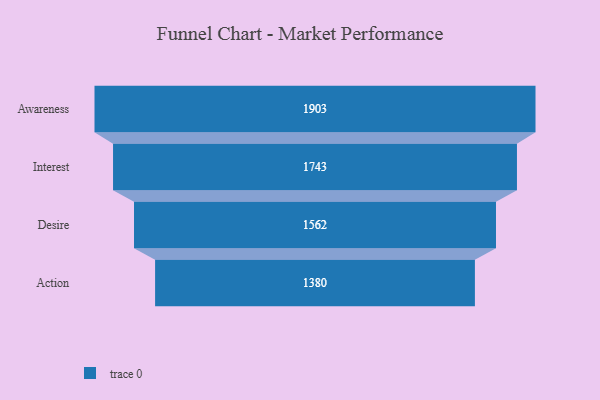
{"axis": {"x": "Stage", "y": "Value"}, "legend": [""], "data": [{"x": "Awareness", "y": 1903.0, "type": ""}, {"x": "Interest", "y": 1743.0, "type": ""}, {"x": "Desire", "y": 1562.0, "type": ""}, {"x": "Action", "y": 1380.0, "type": ""}]}